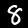
Digit: 8